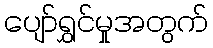
ပျော်ရွှင်မှုအတွက်